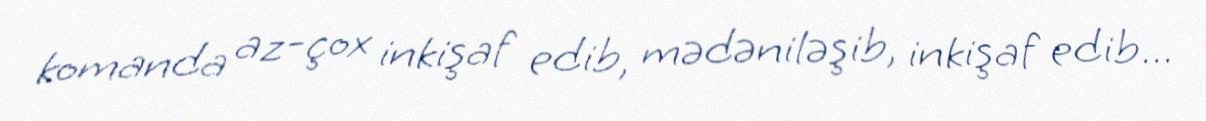
komanda az-çox inkişaf edib, mədəniləşib, inkişaf edib...